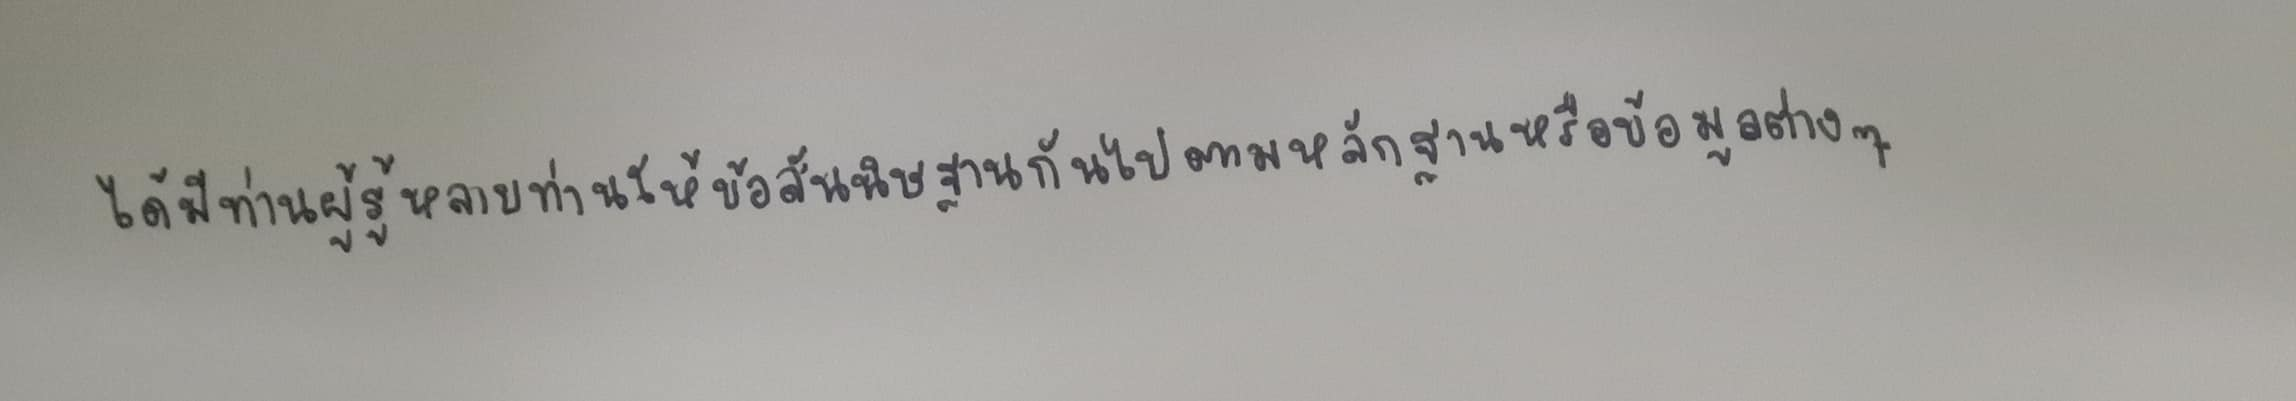
ได้มีท่านผู้รู้หลายท่านให้ข้อสันนิษฐานกันไปตามหลักฐานหรือข้อมูลต่างๆ